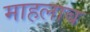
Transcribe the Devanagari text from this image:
माहलाब